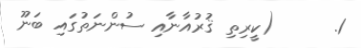
1.      (ކީރިތި ޤުރުއާނާއި ސުންނަތުގައި ބަނޫ